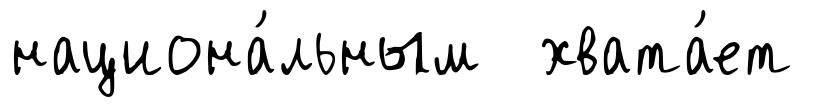
национа́льным хвата́ет